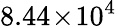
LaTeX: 8.44\! \times\! 10^{4}